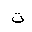
Letter: _ta